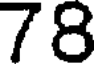
78